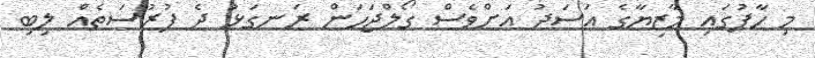
މި ހާފުގައި މާޒިޔާގެ އަސަދު އަށްވެސް ގޯލްޖަހަން ރަނގަޅު ދެ ފުރުސަތެއް ލިބި